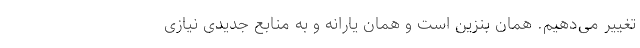
تغییر می‌دهیم. همان بنزین است و همان یارانه و به منابع جدیدی نیازی